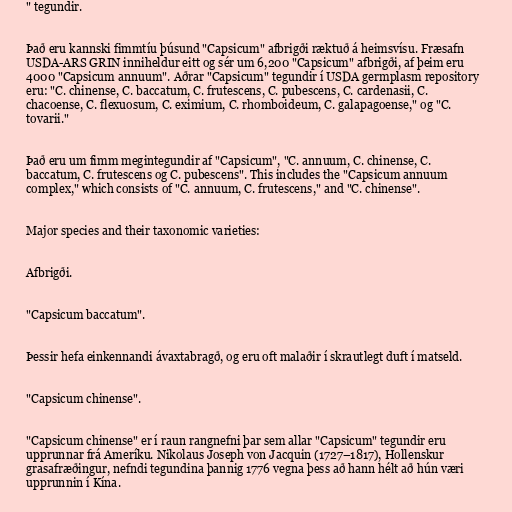
" tegundir.

Það eru kannski fimmtíu þúsund "Capsicum" afbrigði ræktuð á heimsvísu. Fræsafn
USDA-ARS GRIN inniheldur eitt og sér um 6,200 "Capsicum" afbrigði, af þeim eru
4000 "Capsicum annuum". Aðrar "Capsicum" tegundir í USDA germplasm repository
eru: "C. chinense, C. baccatum, C. frutescens, C. pubescens, C. cardenasii, C.
chacoense, C. flexuosum, C. eximium, C. rhomboideum, C. galapagoense," og "C.
tovarii."

Það eru um fimm megintegundir af "Capsicum", "C. annuum, C. chinense, C.
baccatum, C. frutescens og C. pubescens". This includes the "Capsicum annuum
complex," which consists of "C. annuum, C. frutescens," and "C. chinense".

Major species and their taxonomic varieties:

Afbrigði.

"Capsicum baccatum".

Þessir hefa einkennandi ávaxtabragð, og eru oft malaðir í skrautlegt duft í matseld.

"Capsicum chinense".

"Capsicum chinense" er í raun rangnefni þar sem allar "Capsicum" tegundir eru
upprunnar frá Ameríku. Nikolaus Joseph von Jacquin (1727–1817), Hollenskur
grasafræðingur, nefndi tegundina þannig 1776 vegna þess að hann hélt að hún væri
upprunnin í Kína.